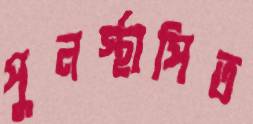
পুনর্স্থাপিত